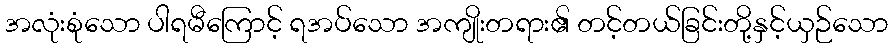
အလုံးစုံသော ပါရမီကြောင့် ရအပ်သော အကျိုးတရား၏ တင့်တယ်ခြင်းတို့နှင့်ယှဉ်သော